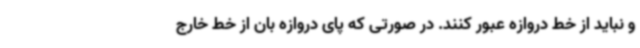
و نباید از خط دروازه عبور کنند. در صورتی که پای دروازه بان از خط خارج